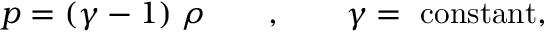
p = ( \gamma - 1 ) \; \rho \qquad , \qquad \gamma = \mathrm { ~ c o n s t a n t } ,